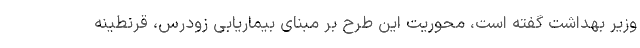
وزیر بهداشت گفته است، محوریت این طرح بر مبنای بیماریابی زودرس، قرنطینه